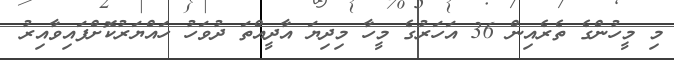
މި މީހުންގެ ތެރެއިން 36 އަހަރުގެ މީހާ މިދިޔަ އާދީއްތަ ދުވަހު ހައްޔަރުކޮށްފައިވާއިރު